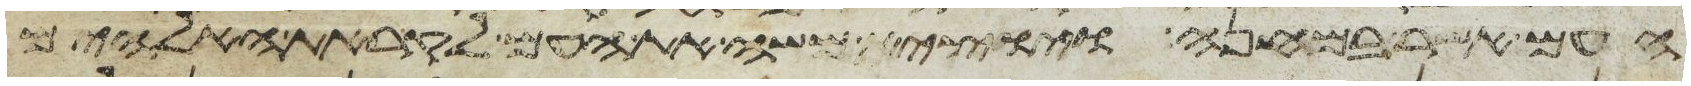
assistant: העם אשר במחנה ויוצא משה את העם לקראת האלהים